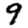
Digit: 9